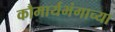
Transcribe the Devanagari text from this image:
कौमार्यभंगाच्या